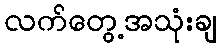
လက်တွေ့အသုံးချ